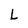
Character: L